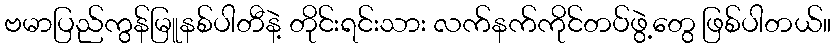
ဗမာပြည်ကွန်မြူနစ်ပါတီနဲ့ တိုင်းရင်းသား လက်နက်ကိုင်တပ်ဖွဲ့တွေ ဖြစ်ပါတယ်။